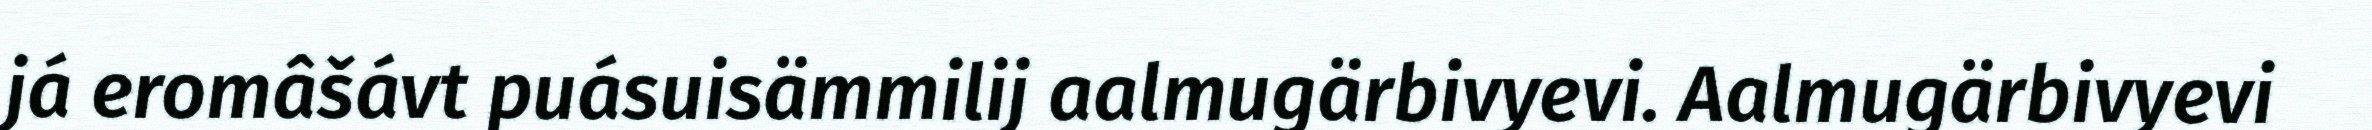
já eromâšávt puásuisämmilij aalmugärbivyevi. Aalmugärbivyevi